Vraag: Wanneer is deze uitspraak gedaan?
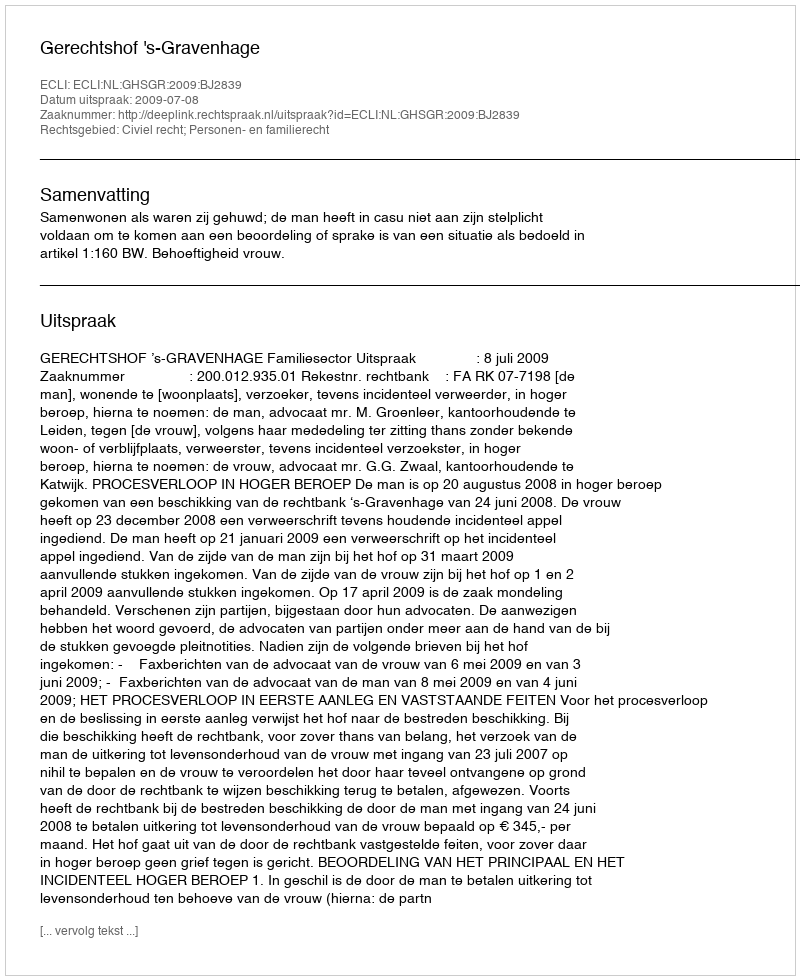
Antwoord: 2009-07-08